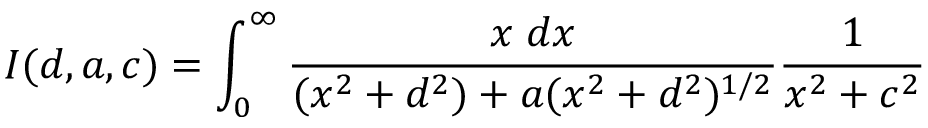
I ( d , a , c ) = \int _ { 0 } ^ { \infty } { \frac { x \; d x } { ( x ^ { 2 } + d ^ { 2 } ) + a ( x ^ { 2 } + d ^ { 2 } ) ^ { 1 / 2 } } } { \frac { 1 } { x ^ { 2 } + c ^ { 2 } } }